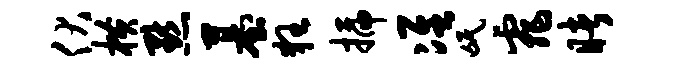
伏横默墓狂插准氓霏睹